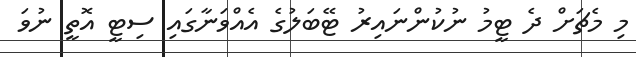
މި މެޗަށް ދެ ޓީމު ނުކުންނައިރު ޓޭބަލުގެ އެއްވަނާގައި ސިޓީ އޮތީ ނުވަ